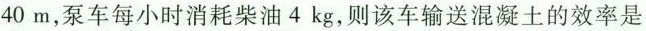
为40m，泵车每小时消耗柴油4kg，则该车输送混凝土的效率是